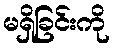
မရှိခြင်းကို